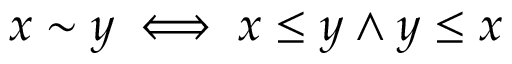
x \sim y \iff x \leq y \land y \leq x